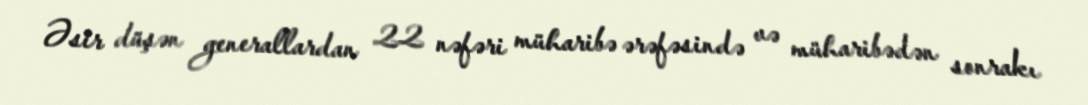
Əsir düşən generallardan 22 nəfəri müharibə ərəfəsində və müharibədən sonrakı